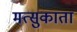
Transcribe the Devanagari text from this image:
मत्सुकाता